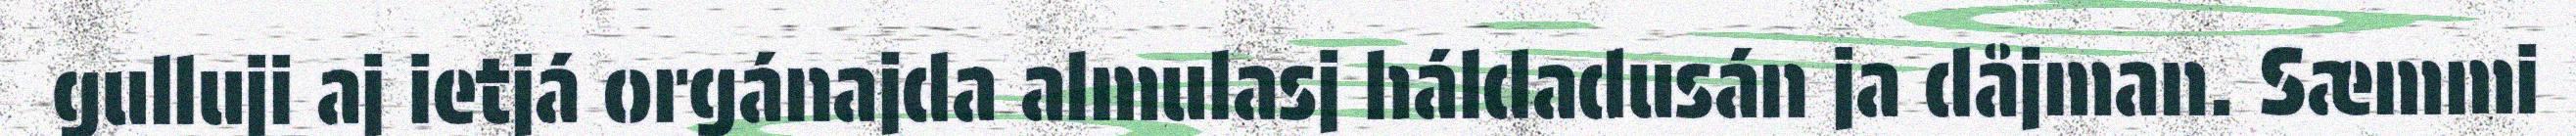
gulluji aj ietjá orgánajda almulasj háldadusán ja dåjman. Sæmmi